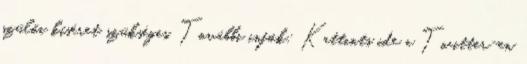
szülői kíséret szükséges. További infók: Kattints ide a Twitter-en